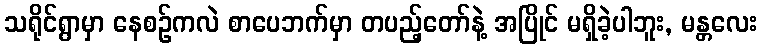
သရိုင်ရွာမှာ နေစဉ်ကလဲ စာပေဘက်မှာ တပည့်တော်နဲ့ အပြိုင် မရှိခဲ့ပါဘူး, မန္တလေး